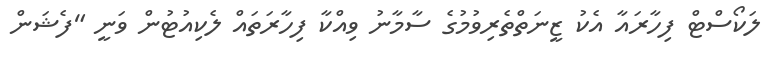
ލަކޯސްޓް ފިހާރައާ އެކު ޒީނަތްތެރިވުމުގެ ސާމާނު ވިއްކާ ފިހާރަތައް ލެކިއުޓުން ވަނީ "ފެޝަން